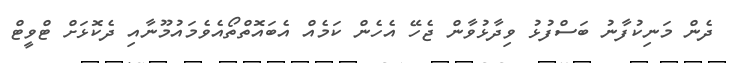
ދެން މަނިކުފާނު ބަސްފުޅު ވިދާޅުވާން ޖެހޭ އެހެން ކަމެއް އެބައޮތްތޯއެވެމައުމޫނާއި ދެކޮޅަށް ޓްވީޓް